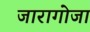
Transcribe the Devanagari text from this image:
जारागोजा